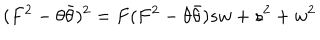
LaTeX: ( F ^ { 2 } - \theta \bar { \theta } ) ^ { 2 } = F ( F ^ { 2 } - \theta \bar { \theta } ) s w + s ^ { 2 } + w ^ { 2 }